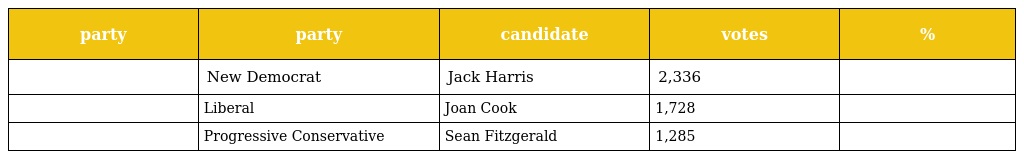
| party | party | candidate | votes | % |
 | --- | --- | --- | --- | --- |
 |  | New Democrat | Jack Harris | 2,336 |  |
 |  | Liberal | Joan Cook | 1,728 |  |
 |  | Progressive Conservative | Sean Fitzgerald | 1,285 |  |